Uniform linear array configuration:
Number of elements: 8
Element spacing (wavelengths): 1
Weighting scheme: binomial
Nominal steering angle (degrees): -60
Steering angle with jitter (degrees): -61.347
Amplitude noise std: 0.05
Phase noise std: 0.05

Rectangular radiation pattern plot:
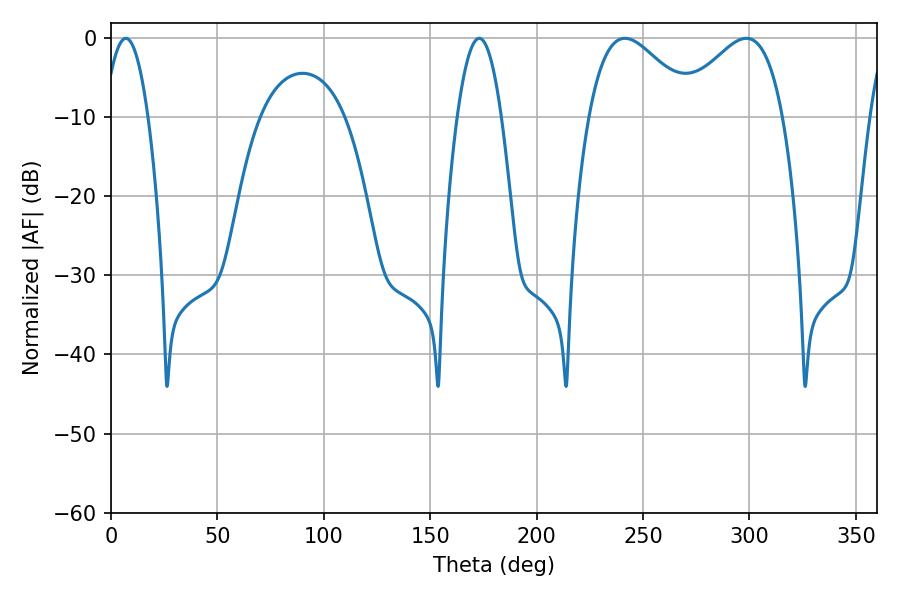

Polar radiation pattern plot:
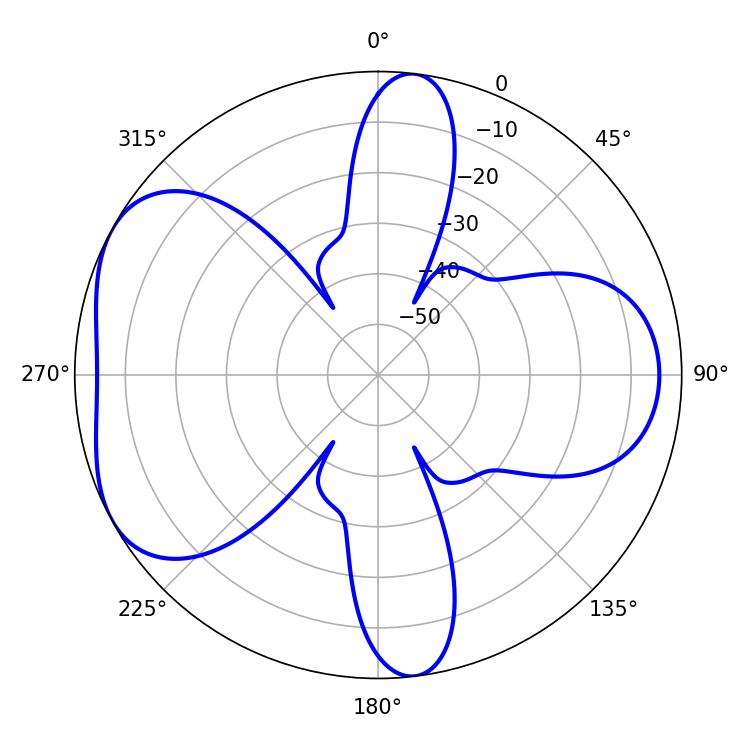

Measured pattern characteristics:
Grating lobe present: TRUE
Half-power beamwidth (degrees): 26.82
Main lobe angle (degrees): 298.44